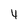
Character: 4